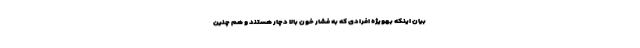
بیان اینکه بهویژه افرادی که به فشار خون بالا دچار هستند و هم چنین